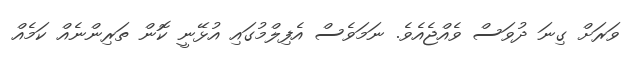
ވަރަށް ގިނަ ދުވަސް ވެއްޖެއެވެ. ނަމަވެސް އެފިލްމުގައި އުޅޭނީ ކޮން ތަރިންނެއް ކަމެއް